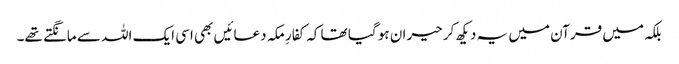
بلکہ میں قرآن میں یہ دیکھ کر حیران ہو گیا تھا کہ کفارِ مکہ دعائیں بھی اسی ایک اللہ سے مانگتے تھے۔